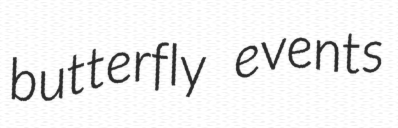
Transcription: butterfly events